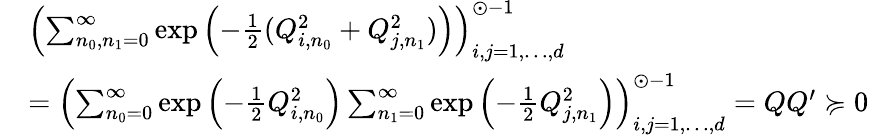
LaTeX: \begin{array}{rl}&{\left(\sum_{n_{0},n_{1}=0}^{\infty}\exp\left(-\frac{1}{2}(Q_{i,n_{0}}^{2}+Q_{j,n_{1}}^{2})\right)\right)_{i,j=1,\dots,d}^{\odot-1}}\\ &{=\left(\sum_{n_{0}=0}^{\infty}\exp\left(-\frac{1}{2}Q_{i,n_{0}}^{2}\right)\sum_{n_{1}=0}^{\infty}\exp\left(-\frac{1}{2}Q_{j,n_{1}}^{2}\right)\right)_{i,j=1,\dots,d}^{\odot-1}=QQ^{\prime}\succcurlyeq 0}\end{array}